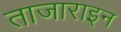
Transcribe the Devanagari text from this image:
ताजाराइन